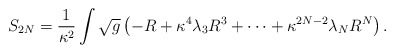
\begin{align*}S_{2N}=\frac{1}{\kappa ^{2}}\int \sqrt{g}\left( -R+\kappa ^{4}\lambda_{3}R^{3}+\cdots +\kappa ^{2N-2}\lambda _{N}R^{N}\right) .\end{align*}